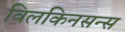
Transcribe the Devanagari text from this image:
विलकिनसन्स